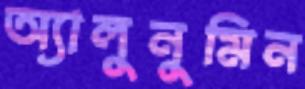
অ্যালুনুমিন